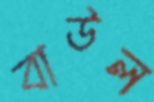
বাউল